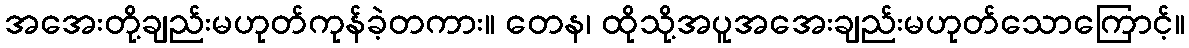
အအေးတို့ချည်းမဟုတ်ကုန်ခဲ့တကား။ တေန၊ ထိုသို့အပူအအေးချည်းမဟုတ်သောကြောင့်။